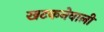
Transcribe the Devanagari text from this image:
खटकनेवाली